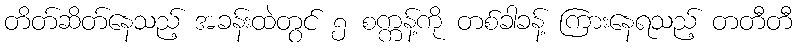
တိတ်ဆိတ်နေသည့် အခန်းထဲတွင် ၅ စက္ကန့်ကို တစ်ခါခန့် ကြားနေရသည့် တတီတီ